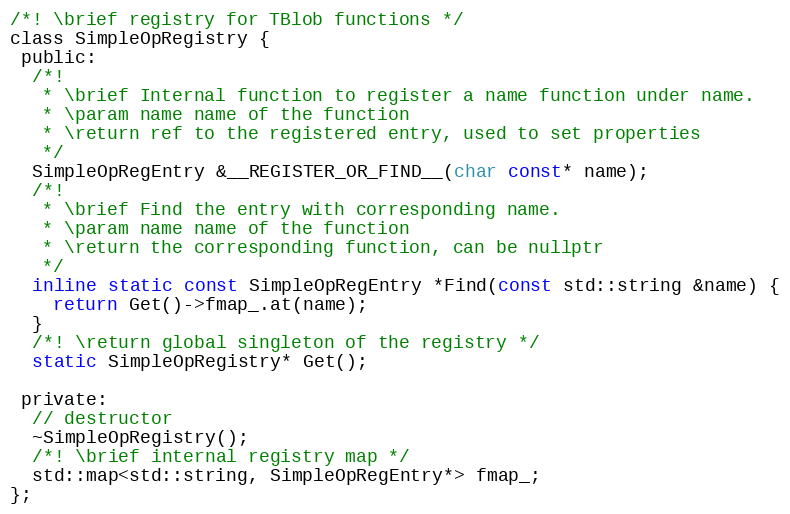
Language: C
/*! \brief registry for TBlob functions */
class SimpleOpRegistry {
 public:
  /*!
   * \brief Internal function to register a name function under name.
   * \param name name of the function
   * \return ref to the registered entry, used to set properties
   */
  SimpleOpRegEntry &__REGISTER_OR_FIND__(char const* name);
  /*!
   * \brief Find the entry with corresponding name.
   * \param name name of the function
   * \return the corresponding function, can be nullptr
   */
  inline static const SimpleOpRegEntry *Find(const std::string &name) {
    return Get()->fmap_.at(name);
  }
  /*! \return global singleton of the registry */
  static SimpleOpRegistry* Get();

 private:
  // destructor
  ~SimpleOpRegistry();
  /*! \brief internal registry map */
  std::map<std::string, SimpleOpRegEntry*> fmap_;
};